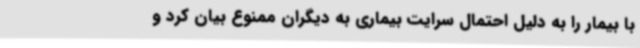
با بیمار را به دلیل احتمال سرایت بیماری به دیگران ممنوع بیان کرد و